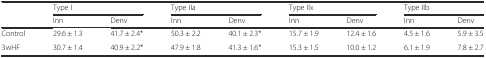
<table><thead><tr><td></td><td colspan="2"><b>Type I</b></td><td colspan="2"><b>Type IIa</b></td><td colspan="2"><b>Type IIx</b></td><td colspan="2"><b>Type IIb</b></td></tr><tr><td></td><td><b>Inn</b></td><td><b>Denv</b></td><td><b>Inn</b></td><td><b>Denv</b></td><td><b>Inn</b></td><td><b>Denv</b></td><td><b>Inn</b></td><td><b>Denv</b></td></tr></thead><tbody><tr><td>Control</td><td>29.6 ± 1.3</td><td>41.7 ± 2.4*</td><td>50.3 ± 2.2</td><td>40.1 ± 2.3*</td><td>15.7 ± 1.9</td><td>12.4 ± 1.6</td><td>4.5 ± 1.6</td><td>5.9 ± 3.5</td></tr><tr><td>3wHF</td><td>30.7 ± 1.4</td><td>40.9 ± 2.2*</td><td>47.9 ± 1.8</td><td>41.3 ± 1.6*</td><td>15.3 ± 1.5</td><td>10.0 ± 1.2</td><td>6.1 ± 1.9</td><td>7.8 ± 2.7</td></tr></tbody></table>